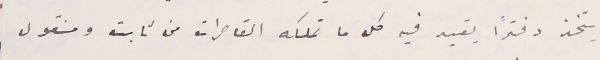
يتخذ دفترًا يقيد فيه كل ما تملكه القاصرات من ثابت ومنقول